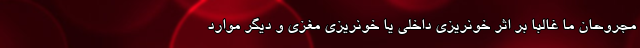
مجروحان ما غالباً بر اثر خونریزی داخلی یا خونریزی مغزی و دیگر موارد